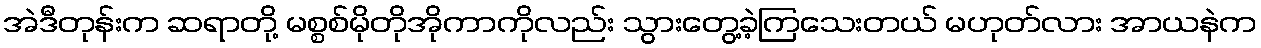
အဲဒီတုန်းက ဆရာတို့ မစ္စစ်မိုတိုအိုကာကိုလည်း သွားတွေ့ခဲ့ကြသေးတယ် မဟုတ်လား အာယနဲက